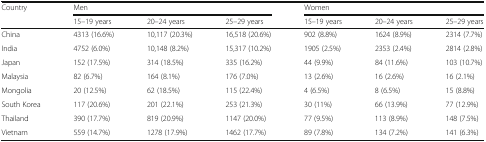
<table><thead><tr><td rowspan="2"><b>Country</b></td><td colspan="3"><b>Men</b></td><td colspan="3"><b>Women</b></td></tr><tr><td><b>15–19 years</b></td><td><b>20–24 years</b></td><td><b>25–29 years</b></td><td><b>15–19 years</b></td><td><b>20–24 years</b></td><td><b>25–29 years</b></td></tr></thead><tbody><tr><td>China</td><td>4313 (16.6%)</td><td>10,117 (20.3%)</td><td>16,518 (20.6%)</td><td>902 (8.8%)</td><td>1624 (8.9%)</td><td>2314 (7.7%)</td></tr><tr><td>India</td><td>4752 (6.0%)</td><td>10,148 (8.2%)</td><td>15,317 (10.2%)</td><td>1905 (2.5%)</td><td>2353 (2.4%)</td><td>2814 (2.8%)</td></tr><tr><td>Japan</td><td>152 (17.5%)</td><td>314 (18.5%)</td><td>335 (16.2%)</td><td>44 (9.9%)</td><td>84 (11.6%)</td><td>103 (10.7%)</td></tr><tr><td>Malaysia</td><td>82 (6.7%)</td><td>164 (8.1%)</td><td>176 (7.0%)</td><td>13 (2.6%)</td><td>16 (2.6%)</td><td>16 (2.1%)</td></tr><tr><td>Mongolia</td><td>20 (12.5%)</td><td>62 (18.5%)</td><td>115 (22.4%)</td><td>4 (6.5%)</td><td>8 (6.5%)</td><td>15 (8.8%)</td></tr><tr><td>South Korea</td><td>117 (20.6%)</td><td>201 (22.1%)</td><td>253 (21.3%)</td><td>30 (11%)</td><td>66 (13.9%)</td><td>77 (12.9%)</td></tr><tr><td>Thailand</td><td>390 (17.7%)</td><td>819 (20.9%)</td><td>1147 (20.0%)</td><td>77 (9.5%)</td><td>113 (8.9%)</td><td>148 (7.5%)</td></tr><tr><td>Vietnam</td><td>559 (14.7%)</td><td>1278 (17.9%)</td><td>1462 (17.7%)</td><td>89 (7.8%)</td><td>134 (7.2%)</td><td>141 (6.3%)</td></tr></tbody></table>